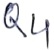
Text: Q4